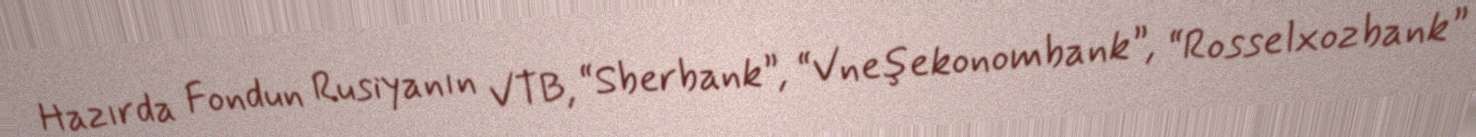
Hazırda Fondun Rusiyanın VTB, “Sberbank”, “Vneşekonombank”, “Rosselxozbank”